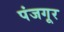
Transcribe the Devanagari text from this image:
पंजगूर